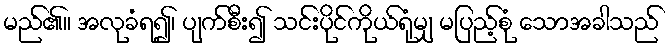
မည်၏။ အလုခံရ၍၊ ပျက်စီး၍ သင်းပိုင်ကိုယ်ရုံမျှ မပြည့်စုံ သောအခါသည်